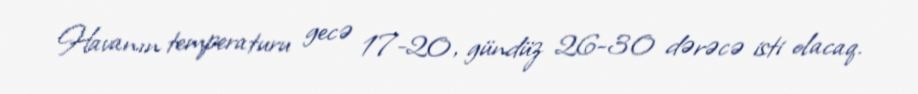
Havanın temperaturu gecə 17-20, gündüz 26-30 dərəcə isti olacaq.